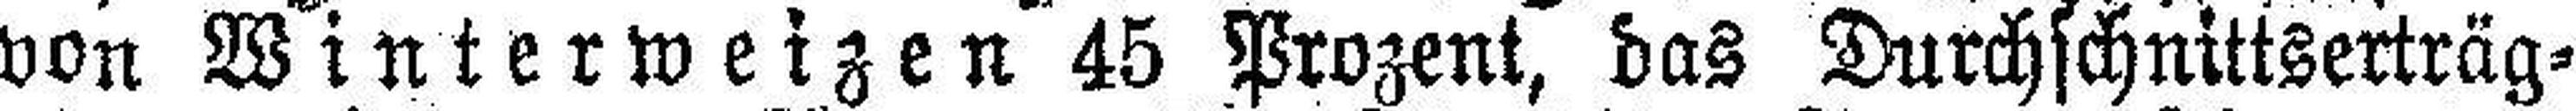
von Winterweizen 45 Prozent, das Durchschnittserträg¬